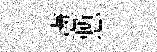
憲慙